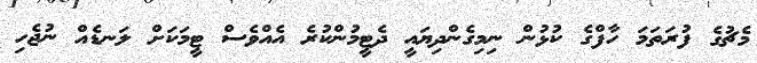
މެޗުގެ ފުރަތަމަ ހާފްގެ ކުޅުން ނިމިގެންދިޔައީ ދެޓީމުންކުރެ އެއްވެސް ޓީމަކަށް ލަނޑެއް ނުޖެހި